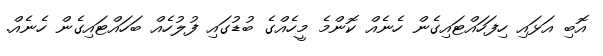
އޮބި އަޅައި ހިފަހައްޓައިގެން ހެނެއް ކޮންމެ މީހެއްގެ ބުޑުގައި ފުލުހެއް ބަހައްޓައިގެން ހެނެއް.